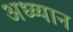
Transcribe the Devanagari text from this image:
अध्य्यान